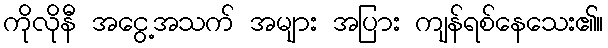
ကိုလိုနီ အငွေ့အသက် အများ အပြား ကျန်ရစ်နေသေး၏။